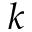
k